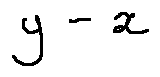
y - x